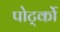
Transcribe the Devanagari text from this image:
पोर्ट्को